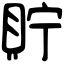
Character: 貯